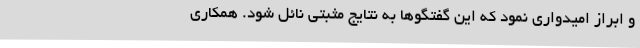
و ابراز امیدواری نمود که این گفتگوها به نتایج مثبتی نائل شود. همکاری